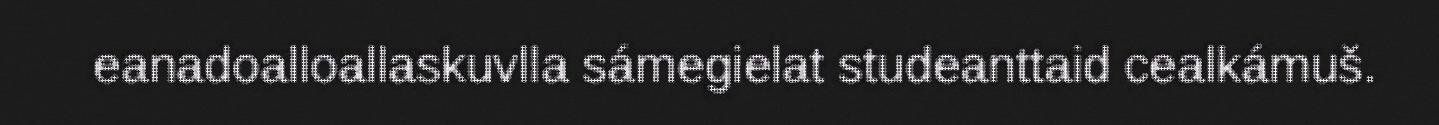
eanadoalloallaskuvlla sámegielat studeanttaid cealkámuš.